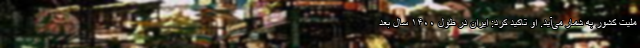
ملیت کشور به شمار می‌آید. او تاکید کرد: ایران در طول ۱۴۰۰ سال بعد